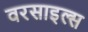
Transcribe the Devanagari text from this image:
वरसाइल्स